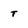
Character: t